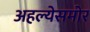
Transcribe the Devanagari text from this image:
अहल्येसमोर